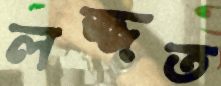
লজ্জত